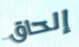
إلحاق